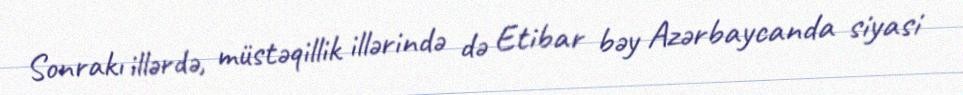
Sonrakı illərdə, müstəqillik illərində də Etibar bəy Azərbaycanda siyasi